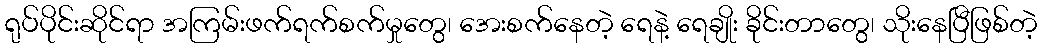
ရုပ်ပိုင်းဆိုင်ရာ အကြမ်းဖက်ရက်စက်မှုတွေ၊ အေးစက်နေတဲ့ ရေနဲ့ ရေချိုး ခိုင်းတာတွေ၊ သိုးနေပြီဖြစ်တဲ့